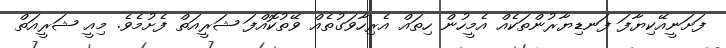
ފަށަނީއޭކިޔާފަ ފަނޑިޔާރުންތަކެއް އެމީހުން ހިތައް އެރިހާވަގުތެއް ވޭތުކޮއްފަ ޝަރީއަތް ފެށުމެވެ. މިއީ ޝަރީއަތް